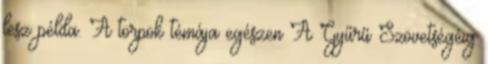
lesz példa. A törpök témája egészen A Gyűrű Szövetségéig